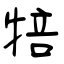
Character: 犃